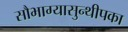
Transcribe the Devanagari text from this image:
सौभाग्यासुन्थीपका